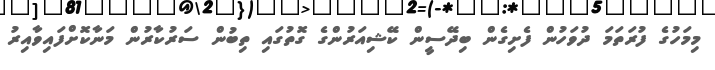
މިމަހުގެ ފުރަތަމަ ދުވަހުން ފެށިގެން ބިދޭސީން ކޭޝިއަރުންގެ ގޮތުގައި ތިބުން ސަރުކާރުން މަނާކޮށްފައިވާއިރު